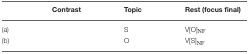
<table><thead><tr><td></td><td><b>Contrast</b></td><td><b>Topic</b></td><td><b>Rest (focus final)</b></td></tr></thead><tbody><tr><td>(a)</td><td></td><td>S</td><td>V[O]<sub>NF</sub></td></tr><tr><td>(b)</td><td></td><td>O</td><td>V[S]<sub>NF</sub></td></tr></tbody></table>